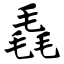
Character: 毳